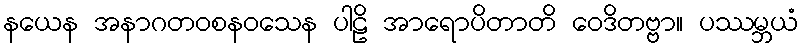
နယေန အနာဂတဝစနဝသေန ပါဠိ အာရောပိတာတိ ဝေဒိတဗ္ဗာ။ ပဿမ္ဘယံ